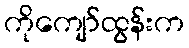
ကိုကျော်ထွန်းက